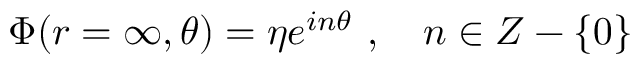
\Phi ( r = \infty , \theta ) = \eta e ^ { i n \theta } \ , \ \ \ n \in { \cal Z } - \{ 0 \}